Lunatic asylums Punjab 1868-1880 - 1868-1880
Year: 1868
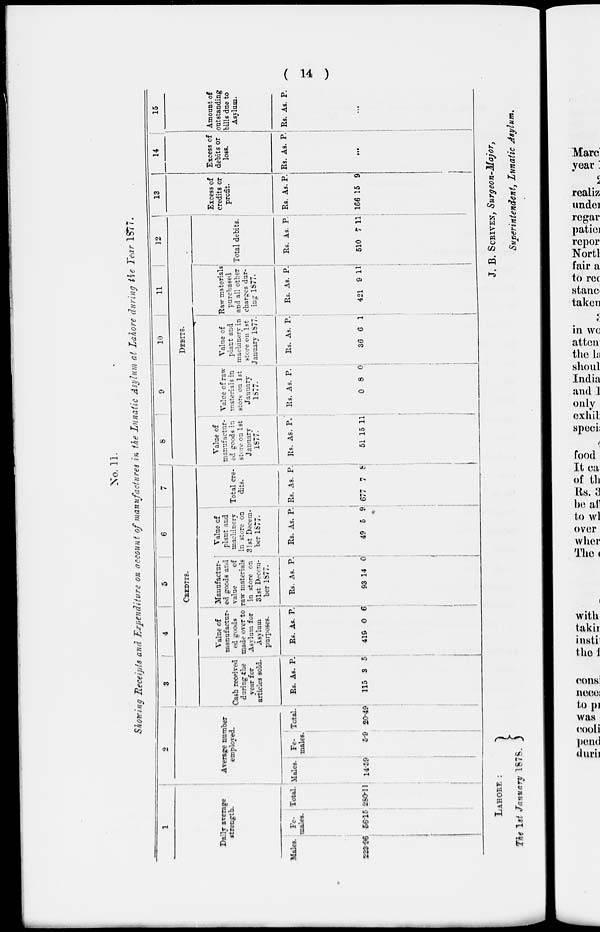
( 14 )
No, 11.
Showing Receipts and Expenditure on account of manufactures in the Lunatic Asylum at Lahore during the Year 1877.
1
Daily average
strength.
Males.
223.96
Fe-
males.
56.15
Total.
280.11
2
Average number
employed.
Males.
14.59
Fe-
males.
5.9
Total.
20.49
3
4
5
6
7
CREDITS.
Cash received
during the
year for
articles sold.
Rs.
115
As.
3
P.
5
Value of
manufactur-
ed goods
made over to
Asylum for
Asylum
purposes.
Rs.
419
As.
0
P.
6
Manufactur-
ed goods and
value
of
raw materials
in store on
31st Decem-
ber 1877.
Rs.
93
As.
14
P.
0
Value of
plant and
machinery
in store on
31st Decem-
ber 1877.
Rs.
49
As.
5
P.
9
Total cre-
dits.
Rs.
677
As.
7
P.
8
8
9
10
11
12
DEBITS.
Value of
manufactur-
ed goods in
store on 1st
January
1877.
Rs.
51
As.
15
P.
11
Value of raw
materials in
store on 1st
January
1877.
Rs.
0
As.
8
P.
0
Value of
plant and
machinery in
store on 1st
January 1877.
Rs.
36
As.
6
P.
1
Raw materials
purchased
and all other
charges dur-
ing 1877.
Rs.
421
As.
9
P.
11
Total debits.
Rs.
510
As.
7
P.
11
13
Excess of
credits or
profit.
Rs.
166
As.
15
P.
9
14
Excess of
debits or
loss.
Rs. As. P.
...
15
Amount of
outstanding
bills due to
Asylum.
Rs. As. P.
...
LAHORE :
J.
B. SCRIVEN, Surgeon-Major,
The 1st January 1878.
Superintendent, Lunatic Asylum.